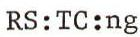
RS:TC:ng